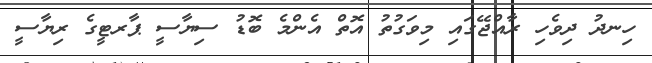
ހިނދު ދިވެހި ރާއްޖޭގައި މިވަގުތު އޮތް އެންމެ ބޮޑު ސިޔާސީ ޕާރޓީގެ ރިޔާސީ